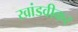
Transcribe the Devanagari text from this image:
खांडवीकर